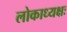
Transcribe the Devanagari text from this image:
लोकाध्यक्षः